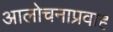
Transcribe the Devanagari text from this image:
आलोचनाप्रवाह